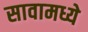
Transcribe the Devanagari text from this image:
सावामध्ये